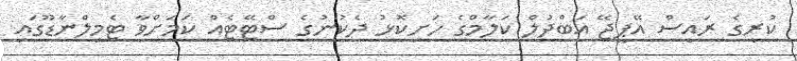
ކުރީގެ ރައީސް އޭޕީޖޭ އަބްދުލް ކަލާމްގެ ހަށިކޮޅު ދެކުނުގެ ސްޓޭޓެއް ކަމަށްވާ ޓެމިލްނާޑޫގައި